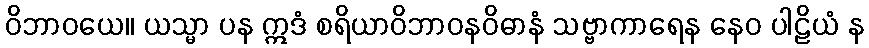
ဝိဘာဝယေ။ ယသ္မာ ပန ဣဒံ စရိယာဝိဘာဝနဝိဓာနံ သဗ္ဗာကာရေန နေဝ ပါဠိယံ န